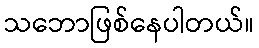
သဘောဖြစ်နေပါတယ်။